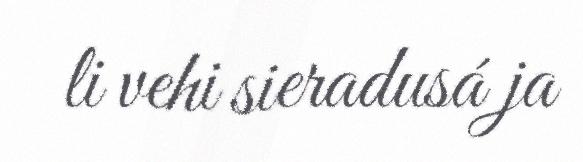
li vehi sieradusá ja